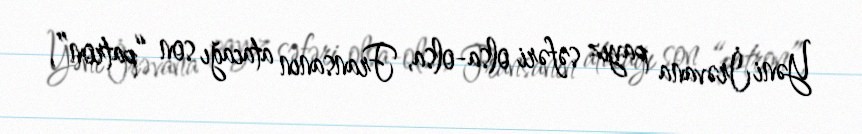
Yəni İrəvana payız səfəri olsa-olsa, Fransanın atacağı son “patron”,